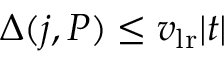
\Delta ( j , P ) \leq v _ { \mathrm { l r } } | t |